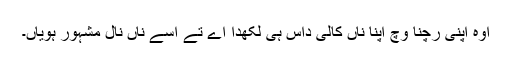
اوہ اپنی رچنا وچ اپنا ناں کالی داس ہی لکھدا اے تے اسے ناں نال مشہور ہویاں۔